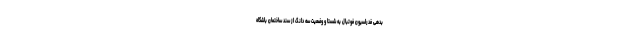
بدهی فدراسیون فوتبال به شستا و وضعیت سه دانگ از سند ساختمان باشگاه